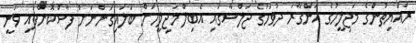
ރައްޔިތުންގެ މަޖިލީހުގެ އަންގާރަ ދުވަހުގެ ޖަލްސާގައި އެބިލް މަޖިލީހަށް ބަލައިގަންނަށް ފާސްކޮށްފައި ވަނީ